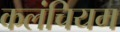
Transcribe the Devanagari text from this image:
कलंचियम